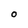
Character: O